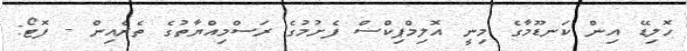
ހޮލިޑޭ އިން ކަނޑޫމާގެ މިނީ އޮލިމްޕިކްސް ފެށުމުގެ ރަސްމިއްޔާތުގެ ތެރެއިން - ފޮޓޯ: